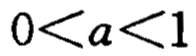
\(0 < a < 1\)